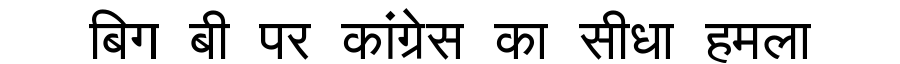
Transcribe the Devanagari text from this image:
बिग बी पर कांग्रेस का सीधा हमला